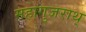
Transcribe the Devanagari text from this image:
महागुजराथ्